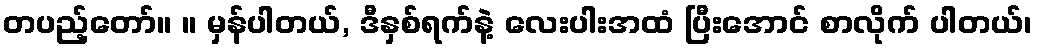
တပည့်တော်။ ။ မှန်ပါတယ်, ဒီနှစ်ရက်နဲ့ လေးပါးအထံ ပြီးအောင် စာလိုက် ပါတယ်၊